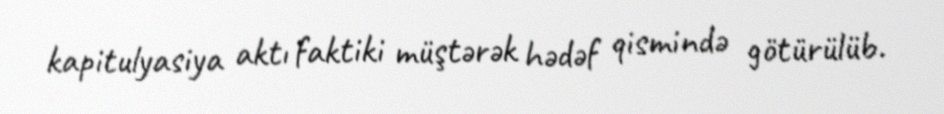
kapitulyasiya aktı faktiki müştərək hədəf qismində götürülüb.